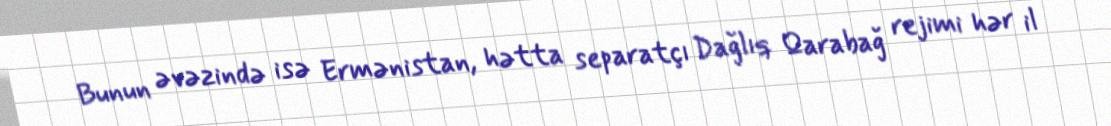
Bunun əvəzində isə Ermənistan, hətta separatçı Dağlıq Qarabağ rejimi hər il